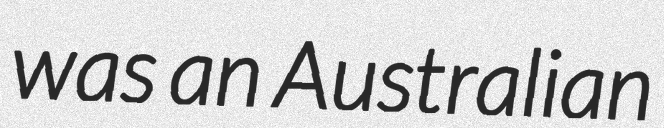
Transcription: was an Australian